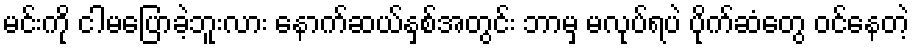
မင်းကို ငါမပြောခဲ့ဘူးလား နောက်ဆယ်နှစ်အတွင်း ဘာမှ မလုပ်ရပဲ ပိုက်ဆံတွေ ဝင်နေတဲ့